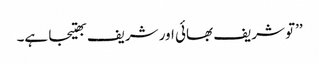
’’تو شریف بھائی اور شریف بھتیجا ہے۔